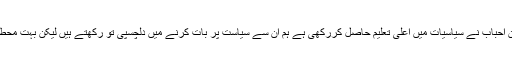
اسی طرح جن احباب نے سیاسیات میں اعلی تعلیم حاصل کررکھی ہے ہم ان سے سیاست پر بات کرنے میں دلچسپی تو رکھتے ہیں لیکن بہت محطاط انداز میں۔